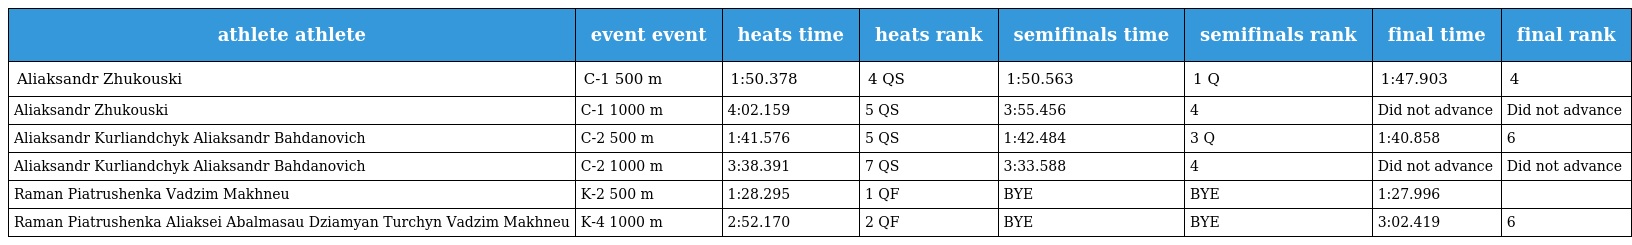
| athlete athlete | event event | heats time | heats rank | semifinals time | semifinals rank | final time | final rank |
 | --- | --- | --- | --- | --- | --- | --- | --- |
 | Aliaksandr Zhukouski | C-1 500 m | 1:50.378 | 4 QS | 1:50.563 | 1 Q | 1:47.903 | 4 |
 | Aliaksandr Zhukouski | C-1 1000 m | 4:02.159 | 5 QS | 3:55.456 | 4 | Did not advance | Did not advance |
 | Aliaksandr Kurliandchyk Aliaksandr Bahdanovich | C-2 500 m | 1:41.576 | 5 QS | 1:42.484 | 3 Q | 1:40.858 | 6 |
 | Aliaksandr Kurliandchyk Aliaksandr Bahdanovich | C-2 1000 m | 3:38.391 | 7 QS | 3:33.588 | 4 | Did not advance | Did not advance |
 | Raman Piatrushenka Vadzim Makhneu | K-2 500 m | 1:28.295 | 1 QF | BYE | BYE | 1:27.996 |  |
 | Raman Piatrushenka Aliaksei Abalmasau Dziamyan Turchyn Vadzim Makhneu | K-4 1000 m | 2:52.170 | 2 QF | BYE | BYE | 3:02.419 | 6 |